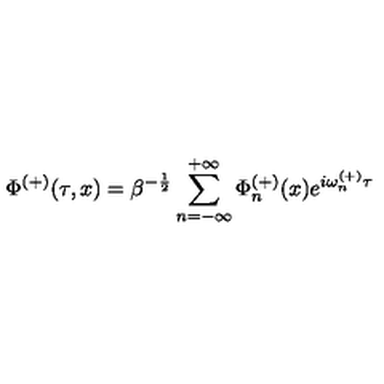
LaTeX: \Phi ^ { ( + ) } ( \tau , x ) = \beta ^ { - \frac { 1 } { 2 } } \sum _ { n = - \infty } ^ { + \infty } \Phi _ { n } ^ { ( + ) } ( x ) e ^ { i \omega _ { n } ^ { ( + ) } \tau }